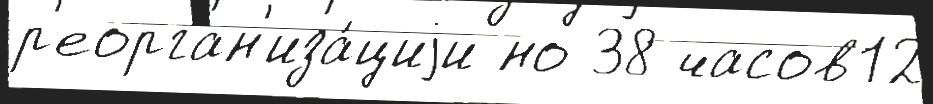
р'еорган'иза́циjи но 38 часов12